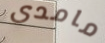
مامدى